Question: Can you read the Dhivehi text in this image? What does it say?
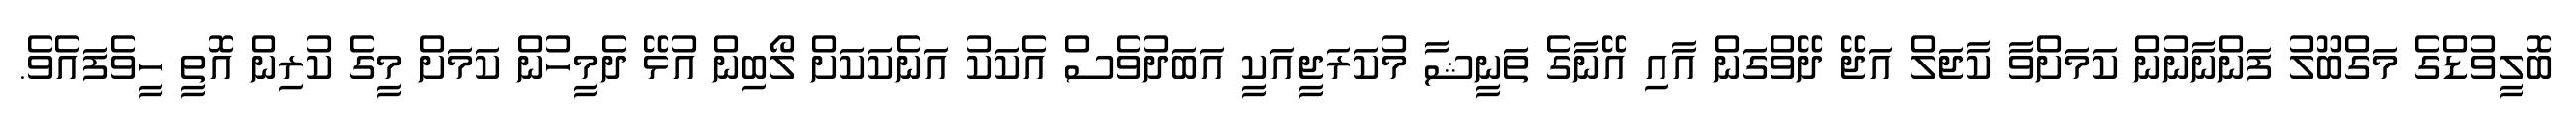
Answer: ބޮލީވުޑްގެ މަގްބޫލު ފަންނާނުން ކަމަށްވާ ކާޖަލް އަޖޭ ދޭވްގަން އާއި އޭނާގެ ތަނީޝާ މުކަރަޖީއަކީ އަބަދުވެސް އެކަކު އަނެކަކަށް ލޯބިން އުޅޭ ދެމީހުން ކަމަށް މީގެ ކުރިން އޮތީ ހީވެފައެވެ.